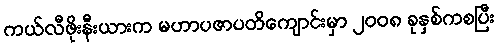
ကယ်လီဖိုးနီးယားက မဟာပဇာပတိကျောင်းမှာ ၂၀၀၈ ခုနှစ်ကစပြီး